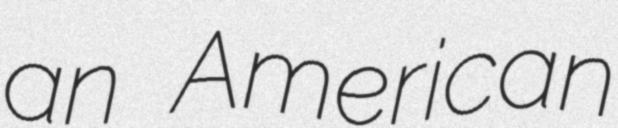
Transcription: an American